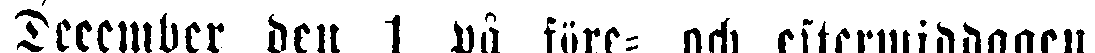
December den 1 på före- och, eftermiddagen